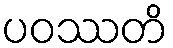
ပဝဿတိ